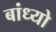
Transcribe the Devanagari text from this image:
बांध्‍यो